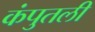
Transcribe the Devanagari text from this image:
कंपुतली